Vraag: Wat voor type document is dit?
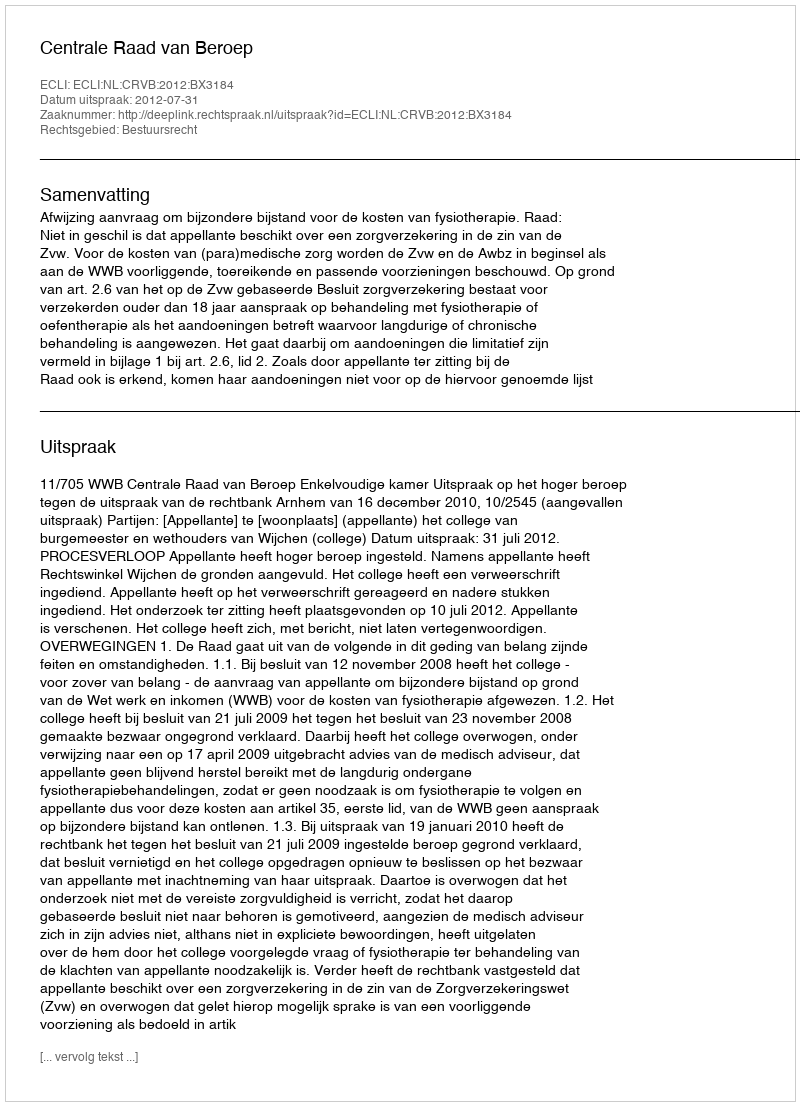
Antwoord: Uitspraak